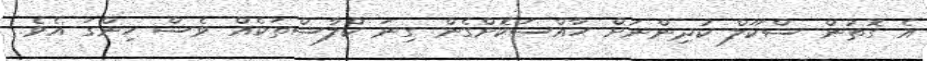
އެ ގޮތުން ސްކޫލް ކުދިންނަށް ހާއްސަކޮށްގެން ގިނަ ކްލާސްތަކެއް ވެސް ހިންގަ އެވެ.